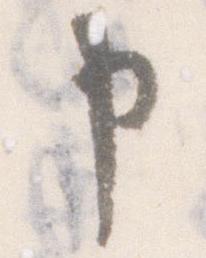
申